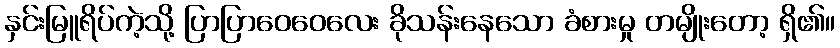
နှင်းမြူရိပ်ကဲ့သို့ ပြာပြာဝေဝေလေး ခိုသန်းနေသော ခံစားမှု တမျိုးတော့ ရှိ၏။